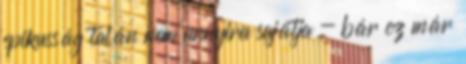
epikusság talán nem annyira sajátja - bár ez már